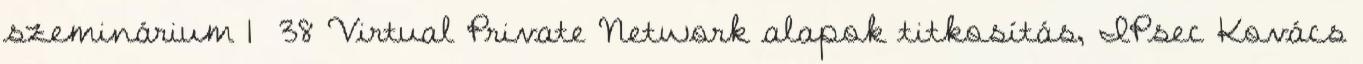
szeminárium 1 38 Virtual Private Network alapok titkosítás, IPsec Kovács